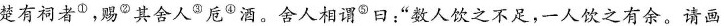
楚有祠者①，赐②其舍人③卮④酒。舍人相谓⑤曰：”数人饮之不足，-人饮之有余。请画地为蛇，先成者饮酒。”